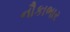
નૌકાભાર